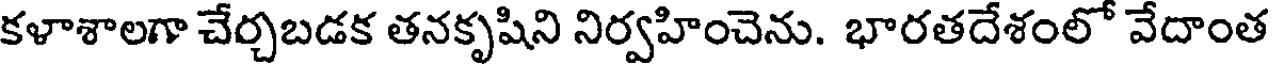
కళాశాలగా చేర్చబడక తనకృషిని నిర్వహించెను. భారతదేశంలో వేదాంత